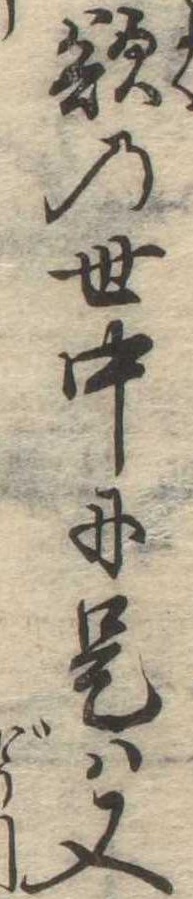
欲の世中に是は又